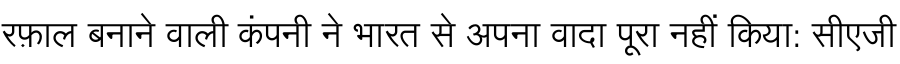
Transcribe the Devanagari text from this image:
रफ़ाल बनाने वाली कंपनी ने भारत से अपना वादा पूरा नहीं किया: सीएजी